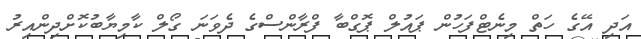
އަދި އޭގެ ހަތް މިނެޓްފަހުން ޕައުލް ޕޮގްބާ ފްރާންސްގެ ދެވަނަ ގޯލް ކާމިޔާބުކޮށްދިންއިރު